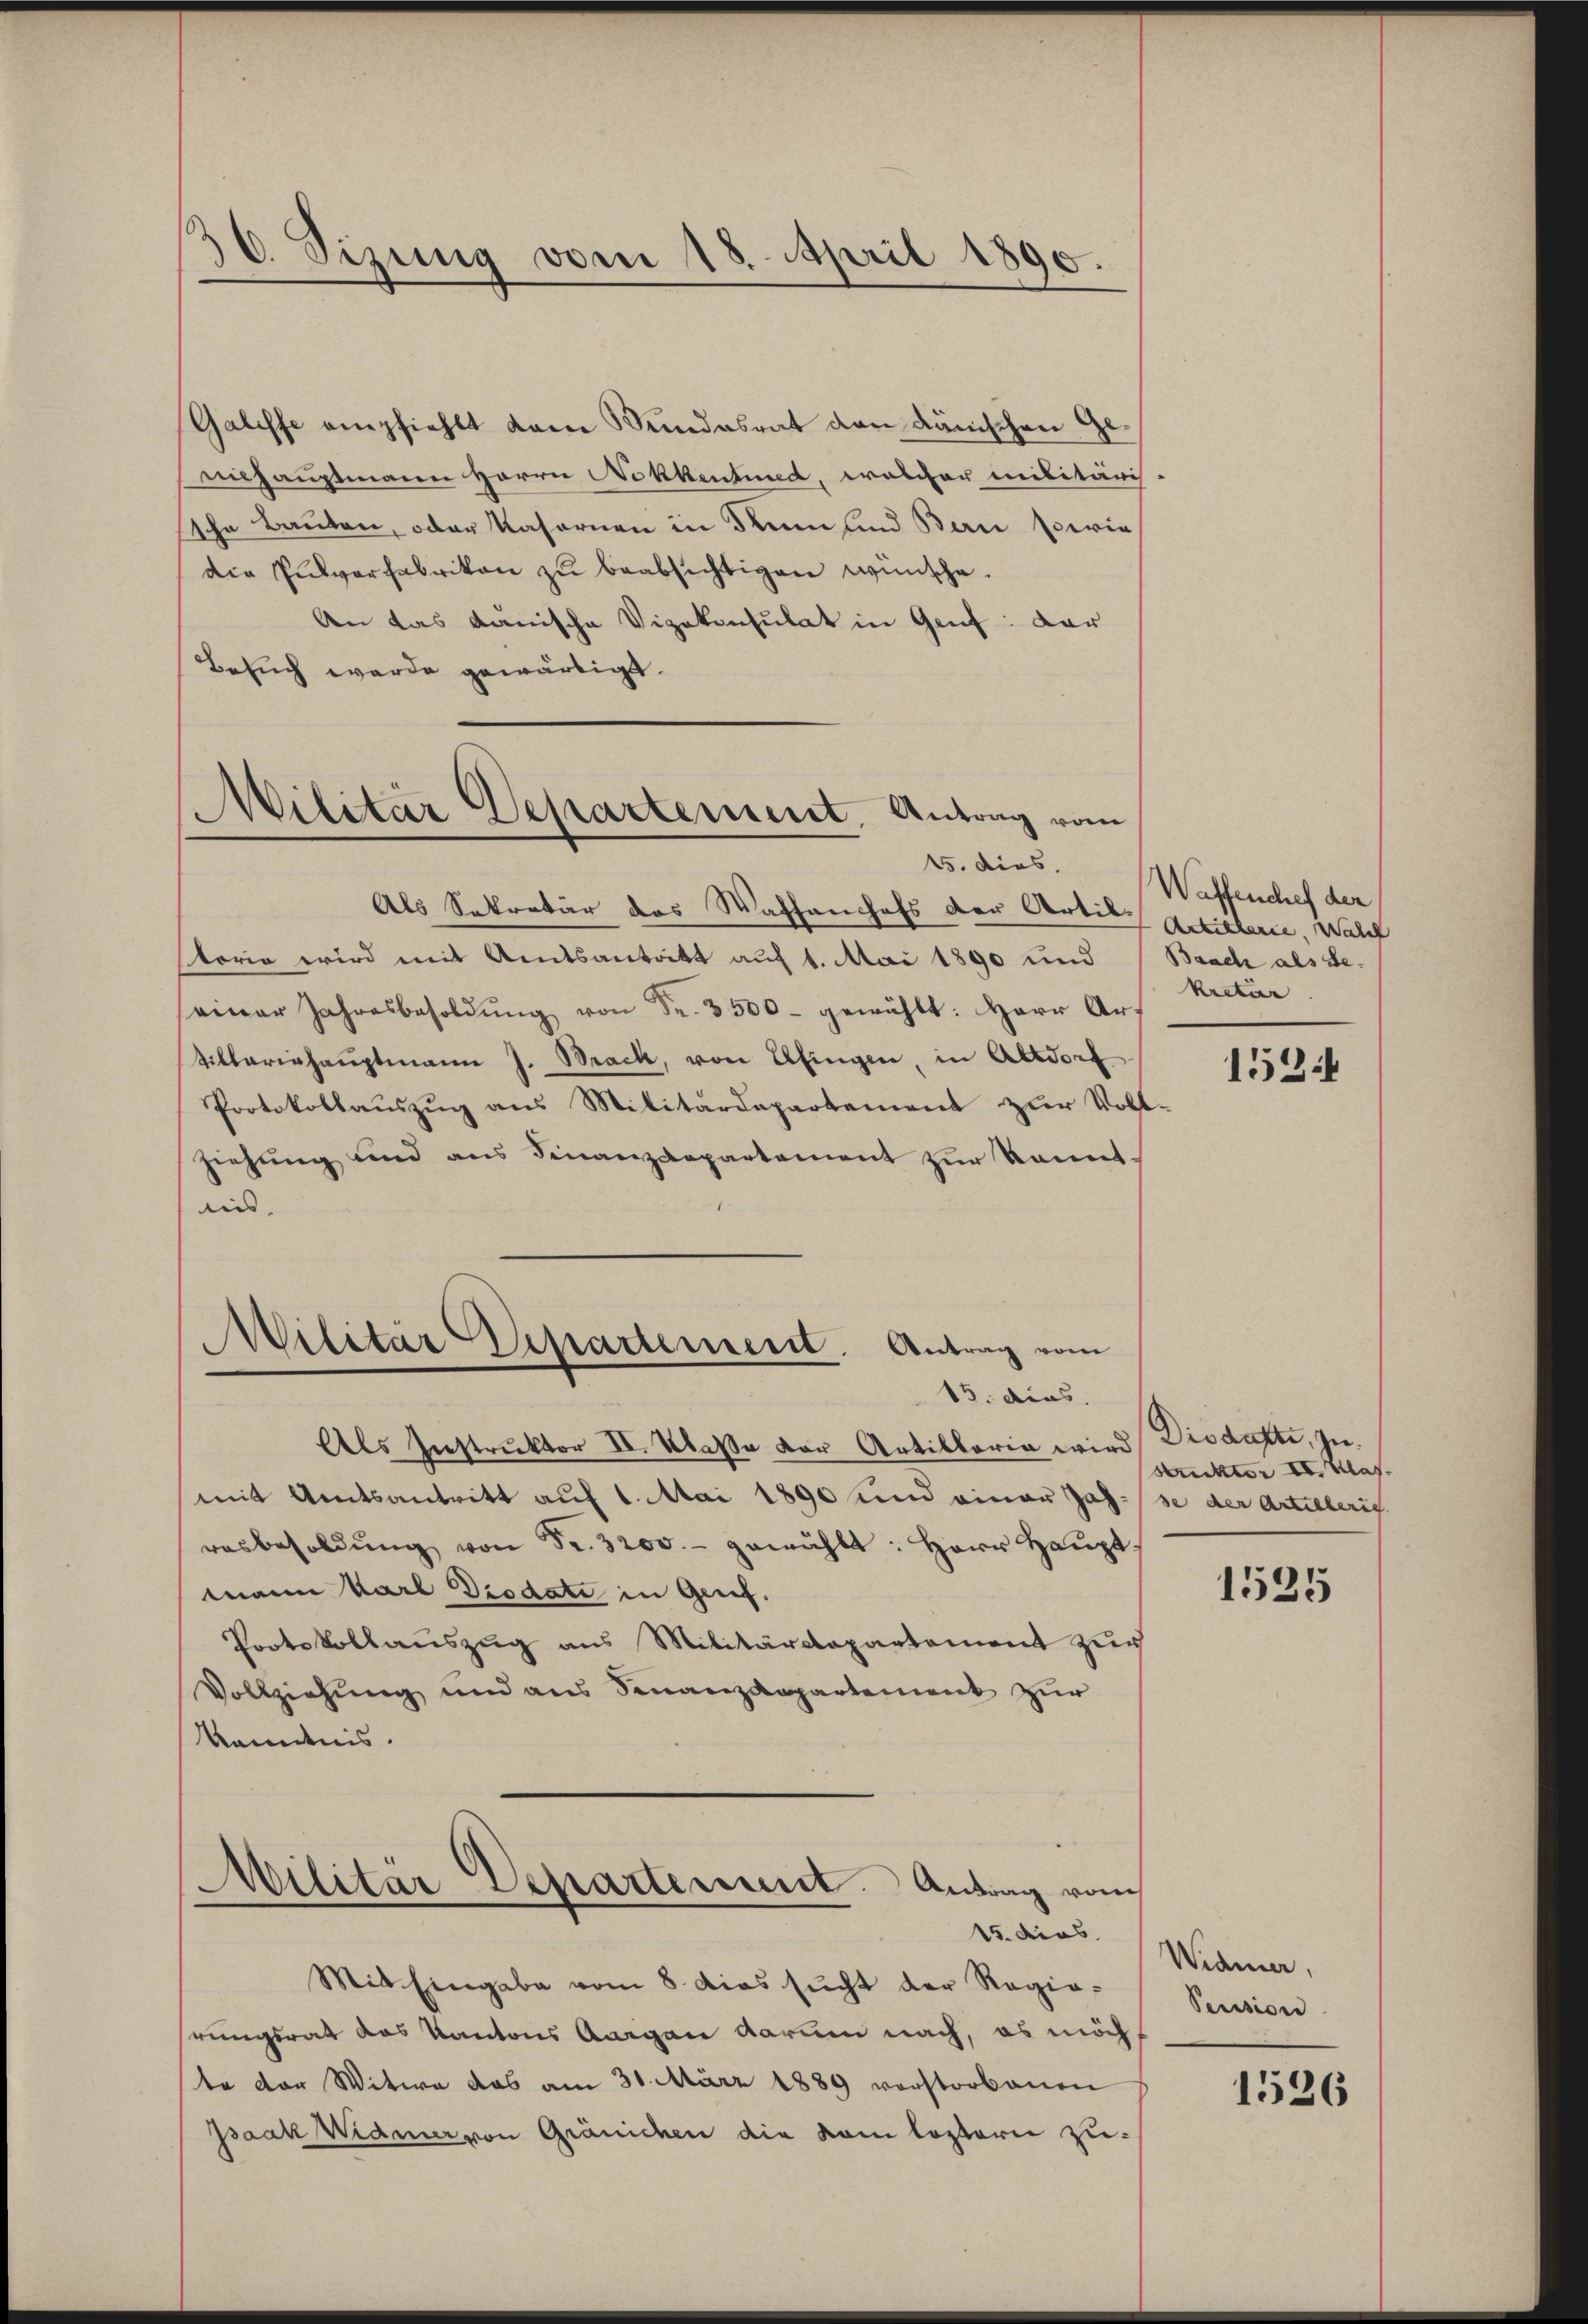
36. Sizung vom 18. April 1890.

Galiffe empfiehlt dem Bundesrat dem dänischen Geeihauptmann Herrn Nokkentired, welcher militäris-
sche Bauten, oder Kasernen in denn sind Bern serie
die Pulverfabrikon zŭ beabsichtigen wünsche.
An das dänische Vizekonsulat in Genf: dar
Besuch werde gewärtigt.

Militar Departement. Antrag von
15. dies

Als Sekretär des Waffenhofs der Artik-Artiller, welch
storio wird mit Amtsantritt auf 1. Mai 1890 und
seiner Jahresbesoldŭng von Fr. 3500- gewählt: Herr Ar-
Villariehaŭptmann J. Back, von Afingen, in Altdorf
Protokollaŭszŭg aŭs Militärdepartement zŭr Voll-
ziehung und aus Finanzdepartement zur kanntas.

Wilitär Departement. Antrag vom
15. dies

Militär Departement. Antrag vom
15. dies

Als Instruktor II. Klaße vor Artillaria wird Disdatti, zumit Amtsantritt auf 1. Mai 1890 und einer Jahresbesoldŭng von Fr. 3200.- gewählt: Herr Hauptmann Karl Diodate in Genf.
Protokollaŭszŭg ans Militärdepartement zur
Vollziehung und aus Finanzdepartement zur
Kenntnis.

Wattenchef der
Baach als de
Ractur

Mit Eingabe vom 8. dies sucht der Regierungsrat das Kantons Aargau darum nach, es möchte der Witwe das am 30. März 1889 vorstorbenen
Isaak Widmer von Gränichen die vom leztern zu¬

152.

strukter II. Klasse der Artilberig

1525

Widmer,
Pension

1526